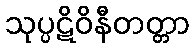
သုပ္ပဋိဝိနီတတ္တာ